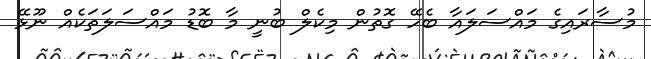
މުސާރައިގެ މައްސަލައާ ބެހޭ ގޮތުން މިކެލް ބުނީ މާ ބޮޑު މައްސަލަތަކެއް ނޫޅޭ